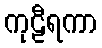
ကုဠီရကာ